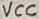
Text: VCC